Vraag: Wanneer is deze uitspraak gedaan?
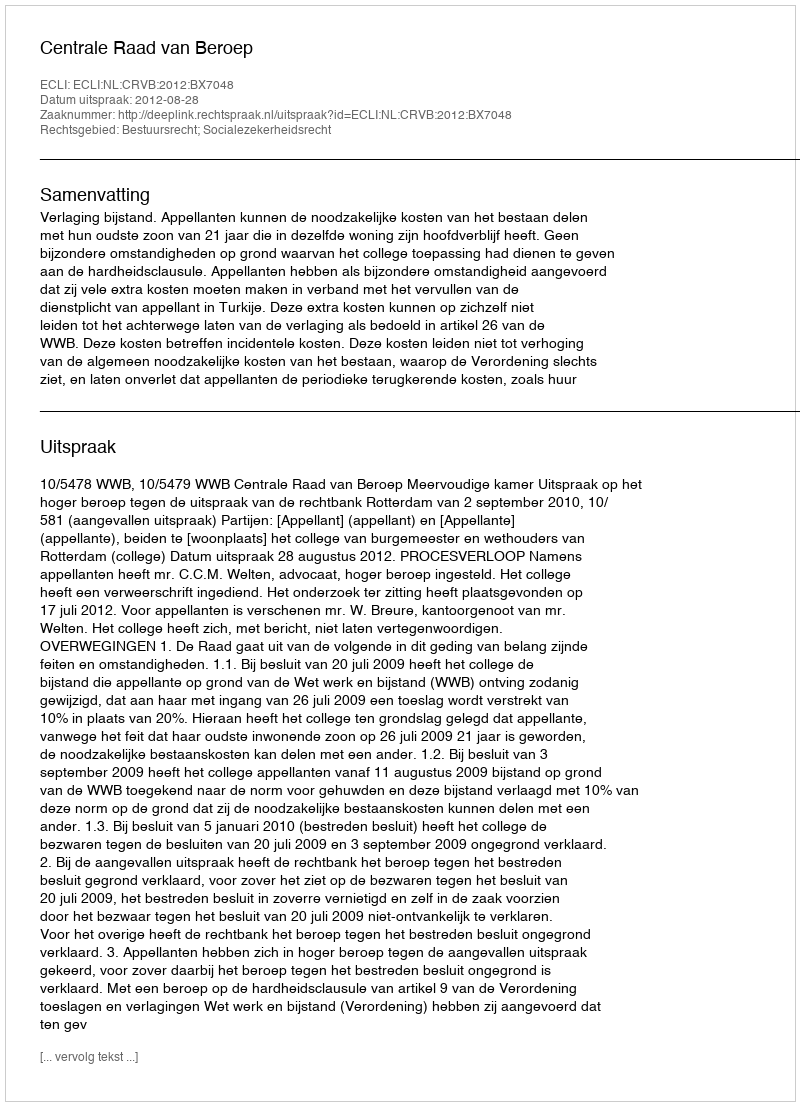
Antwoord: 2012-08-28